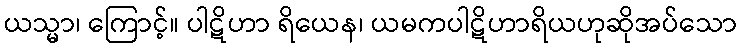
ယသ္မာ၊ ကြောင့်။ ပါဋိဟာ ရိယေန၊ ယမကပါဋိဟာရိယဟုဆိုအပ်သော